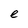
Character: e